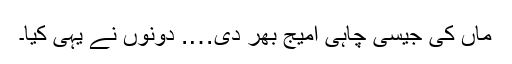
ماں کی جیسی چاہی امیج بھر دی…. دونوں نے یہی کیا۔